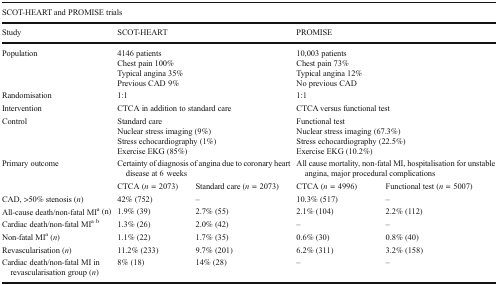
<table><thead><tr><td colspan="5"><b>SCOT-HEART and PROMISE trials</b></td></tr><tr><td><b>Study</b></td><td colspan="2"><b>SCOT-HEART</b></td><td colspan="2"><b>PROMISE</b></td></tr></thead><tbody><tr><td>Population</td><td colspan="2">4146 patientsChest pain 100%Typical angina 35%Previous CAD 9%</td><td colspan="2">10,003 patientsChest pain 73%Typical angina 12%No previous CAD</td></tr><tr><td>Randomisation</td><td colspan="2">1:1</td><td colspan="2">1:1</td></tr><tr><td>Intervention</td><td colspan="2">CTCA in addition to standard care</td><td colspan="2">CTCA versus functional test</td></tr><tr><td>Control</td><td colspan="2">Standard careNuclear stress imaging (9%)Stress echocardiography (1%)Exercise EKG (85%)</td><td colspan="2">Functional testNuclear stress imaging (67.3%)Stress echocardiography (22.5%)Exercise EKG (10.2%)</td></tr><tr><td>Primary outcome</td><td colspan="2">Certainty of diagnosis of angina due to coronary heart disease at 6 weeks</td><td colspan="2">All cause mortality, non-fatal MI, hospitalisation for unstable angina, major procedural complications</td></tr><tr><td></td><td>CTCA (<i>n</i> = 2073)</td><td>Standard care (<i>n</i> = 2073)</td><td>CTCA (<i>n</i> = 4996)</td><td>Functional test (<i>n</i> = 5007)</td></tr><tr><td>CAD, &gt;50% stenosis (<i>n</i>)</td><td>42% (752)</td><td>–</td><td>10.3% (517)</td><td>–</td></tr><tr><td>All-cause death/non-fatal MI<sup>a</sup> (n)</td><td>1.9% (39)</td><td>2.7% (55)</td><td>2.1% (104)</td><td>2.2% (112)</td></tr><tr><td>Cardiac death/non-fatal MI<sup>a b</sup></td><td>1.3% (26)</td><td>2.0% (42)</td><td>–</td><td>–</td></tr><tr><td>Non-fatal MI<sup>a</sup> (<i>n</i>)</td><td>1.1% (22)</td><td>1.7% (35)</td><td>0.6% (30)</td><td>0.8% (40)</td></tr><tr><td>Revascularisation (<i>n</i>)</td><td>11.2% (233)</td><td>9.7% (201)</td><td>6.2% (311)</td><td>3.2% (158)</td></tr><tr><td>Cardiac death/non-fatal MI in revascularisation group (<i>n</i>)</td><td>8% (18)</td><td>14% (28)</td><td>–</td><td>–</td></tr></tbody></table>